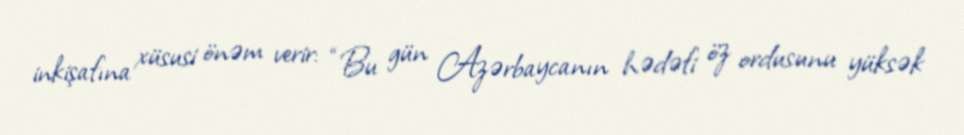
inkişafına xüsusi önəm verir: “Bu gün Azərbaycanın hədəfi öz ordusunu yüksək